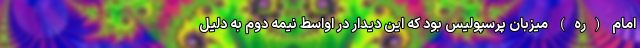
امام (ره) میزبان پرسپولیس بود که این دیدار در اواسط نیمه دوم به دلیل